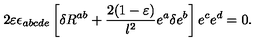
2 \varepsilon \epsilon _ { a b c d e } \left[ \delta R ^ { a b } + { \frac { 2 ( 1 - \varepsilon ) } { l ^ { 2 } } } e ^ { a } \delta e ^ { b } \right] e ^ { c } e ^ { d } = 0 .